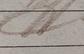
Signature authenticity: genuine